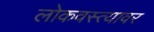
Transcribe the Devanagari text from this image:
लोकवस्त्यावर